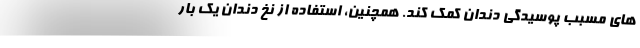
های مسبب پوسیدگی دندان کمک کند. همچنین، استفاده از نخ دندان یک بار